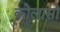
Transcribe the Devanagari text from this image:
कोलासो